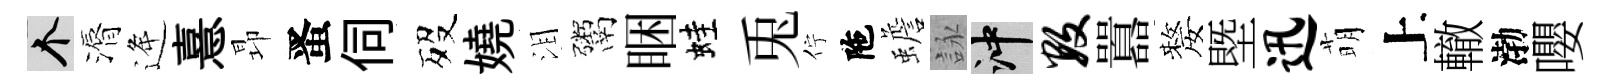
个漘逄憙昻󱉠伺歿嬈泪鬻睏蛙兎佇陁蟾詠冲数囂嫠塈迅萌上轍渤嚶